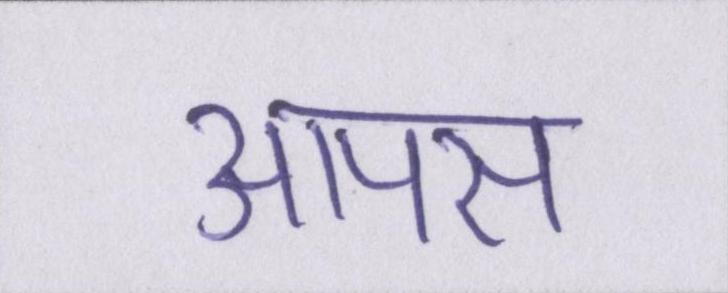
आपस